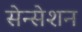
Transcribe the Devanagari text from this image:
सेन्सेशन